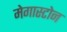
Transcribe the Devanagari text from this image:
मेगास्टोन